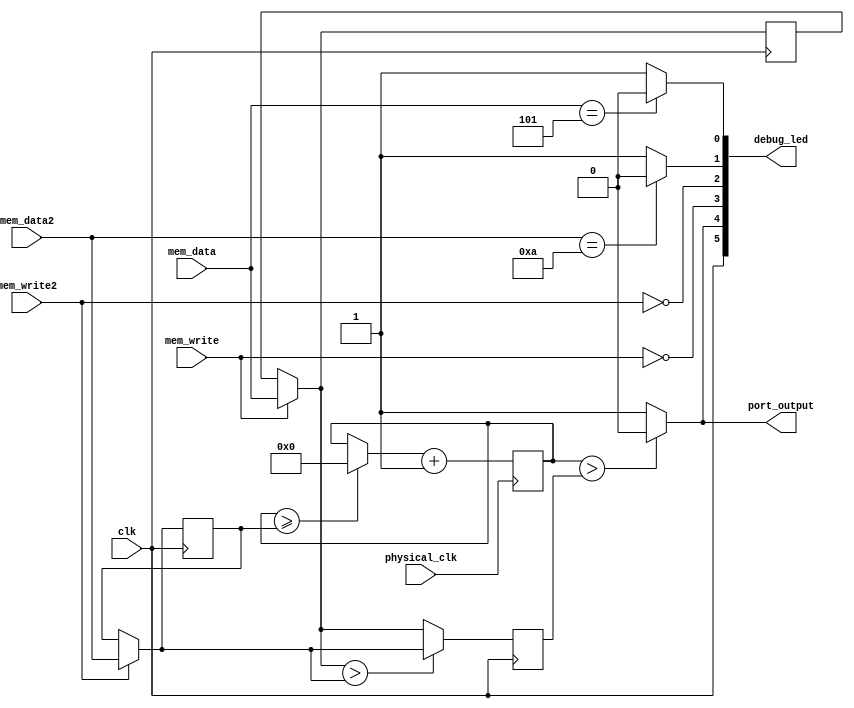
module pwm_port(
    input clk, //Main clk
    input physical_clk, // Real FPGA clock for pulse generation
    input mem_write, //If the data from memory changed
    input mem_write2, //If the data from memory changed
    input [31:0] mem_data, //Data from memory: cycles on
    input [31:0] mem_data2, //Data from memory: cycles in one duty cycle
    output [5:0] debug_led, //LEDs for debugging
    output port_output //The port output
);

    assign debug_led[5] = clk;
    assign debug_led[4] = port_output;
    assign debug_led[3] = ~mem_write;
    assign debug_led[2] = ~mem_write2;
    //assign debug_led[1] = (clk_per_cycle == 32'd10) ? 0 : 1; //mem_data2, clk_per_cycle
    assign debug_led[1] = (mem_data2 == 32'd10) ? 0 : 1;
    //assign debug_led[0] = (last_mem_data == 32'd5) ? 0 : 1;
    //assign debug_led[0] = (clk_on == 32'd5) ? 0 : 1; //mem_data, clk_on, last_mem_data
    assign debug_led[0] = (mem_data == 32'd5) ? 0 : 1;

    //Number of clk in one duty cycle
    //More clk in one duty cycle gives more resolution, but it worsens the perception of an analog signal
    reg [31:0] clk_per_cycle = 32'd1024;  

    //reg [31:0] clk_on = 32'd0; //Number of cycles to keep on
    reg [31:0] counter = 32'd0; //Number of clk that passed

    reg [31:0] last_mem_data = 32'd0;
    
    reg [31:0] clk_on = 32'd0;
    

    //PWM keeps on for clk_on cycles 
    //clk_on = max(mem_data, clk_per_cycle)
    //clk_off = clk_per_cycle - clk_on


    always @(posedge clk) begin
        //Update data from memory
        if(mem_write) begin
            last_mem_data = mem_data;
        end

        if(mem_write2) begin
            clk_per_cycle = mem_data2;
        end

        //Update clk_on
        if(last_mem_data>clk_per_cycle) begin
            clk_on = clk_per_cycle;
        end
        else begin
            clk_on = last_mem_data;
        end
    end

    always @(posedge physical_clk) begin
        //Update counter
        if(counter >= clk_per_cycle) begin
            counter = 32'd0;
        end
        
        counter = counter + 32'd1;
    end

    //Update the port output
    assign port_output = (counter > clk_on) ? 0 : 1;

endmodule